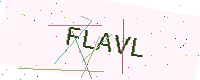
Text: FLAVL